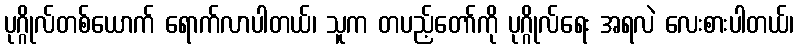
ပုဂ္ဂိုလ်တစ်ယောက် ရောက်လာပါတယ်၊ သူက တပည့်တော်ကို ပုဂ္ဂိုလ်ရေး အရလဲ လေးစားပါတယ်၊